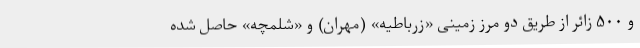
و ۵۰۰ زائر از طریق دو مرز زمینی «زرباطیه» (مهران) و «شلمچه» حاصل شده